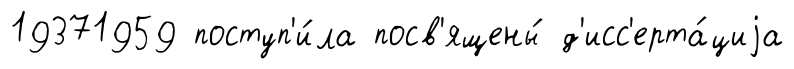
19371959 поступ'и́ла посв'ящены́ д'исс'ерта́циjа